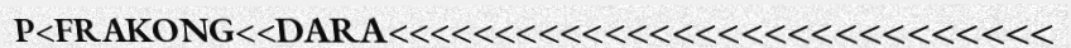
P<FRAKONG<<DARA<<<<<<<<<<<<<<<<<<<<<<<<<<<<<